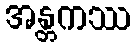
အန္တကဿ